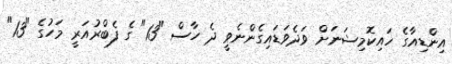
އިންޑިއާގެ ހައިކޮމިޝަނަށް ވަދެވަޑައިގެންނެވީ ދެ ހާސް "13" ގެ ފެބްރުއަރީ މަހުގެ "13"